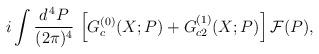
LaTeX: \begin{align*}i \int \frac{d^{\, 4} P}{(2 \pi)^4} \,\left[ G_c^{(0)} (X; P) + G_{c 2}^{(1)} (X; P) \right] {\cal F} (P) , \end{align*}